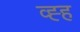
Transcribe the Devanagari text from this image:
व्ह्ह